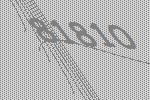
81810